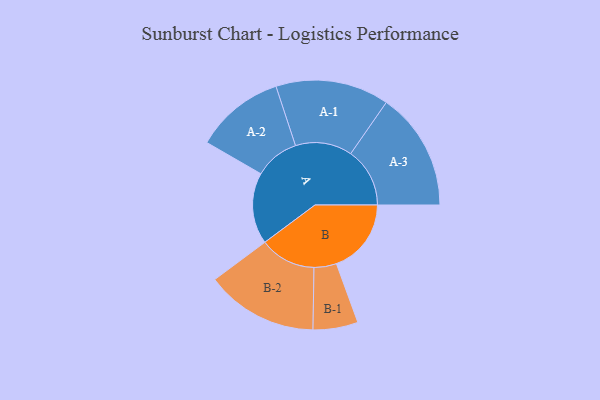
{"axis": {"x": "Segment", "y": "Value"}, "legend": ["", "A", "B"], "data": [{"x": "A", "y": 362, "type": ""}, {"x": "B", "y": 380, "type": ""}, {"x": "A-1", "y": 288, "type": "A"}, {"x": "A-2", "y": 227, "type": "A"}, {"x": "A-3", "y": 300, "type": "A"}, {"x": "B-1", "y": 114, "type": "B"}, {"x": "B-2", "y": 285, "type": "B"}]}